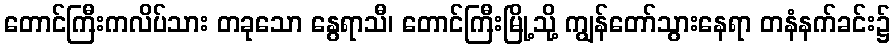
တောင်ကြီးကလိပ်သား တခုသော နွေရာသီ၊ တောင်ကြီးမြို့သို့ ကျွန်တော်သွားနေရာ တနံနက်ခင်း၌